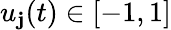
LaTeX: u_{\mathbf{j}}(t)\in[-1,1]